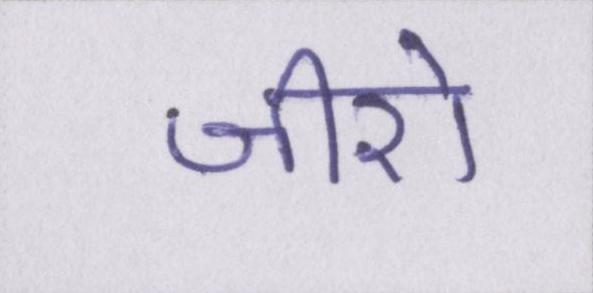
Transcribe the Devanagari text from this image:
जीरो